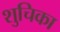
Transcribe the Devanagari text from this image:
शुचिका